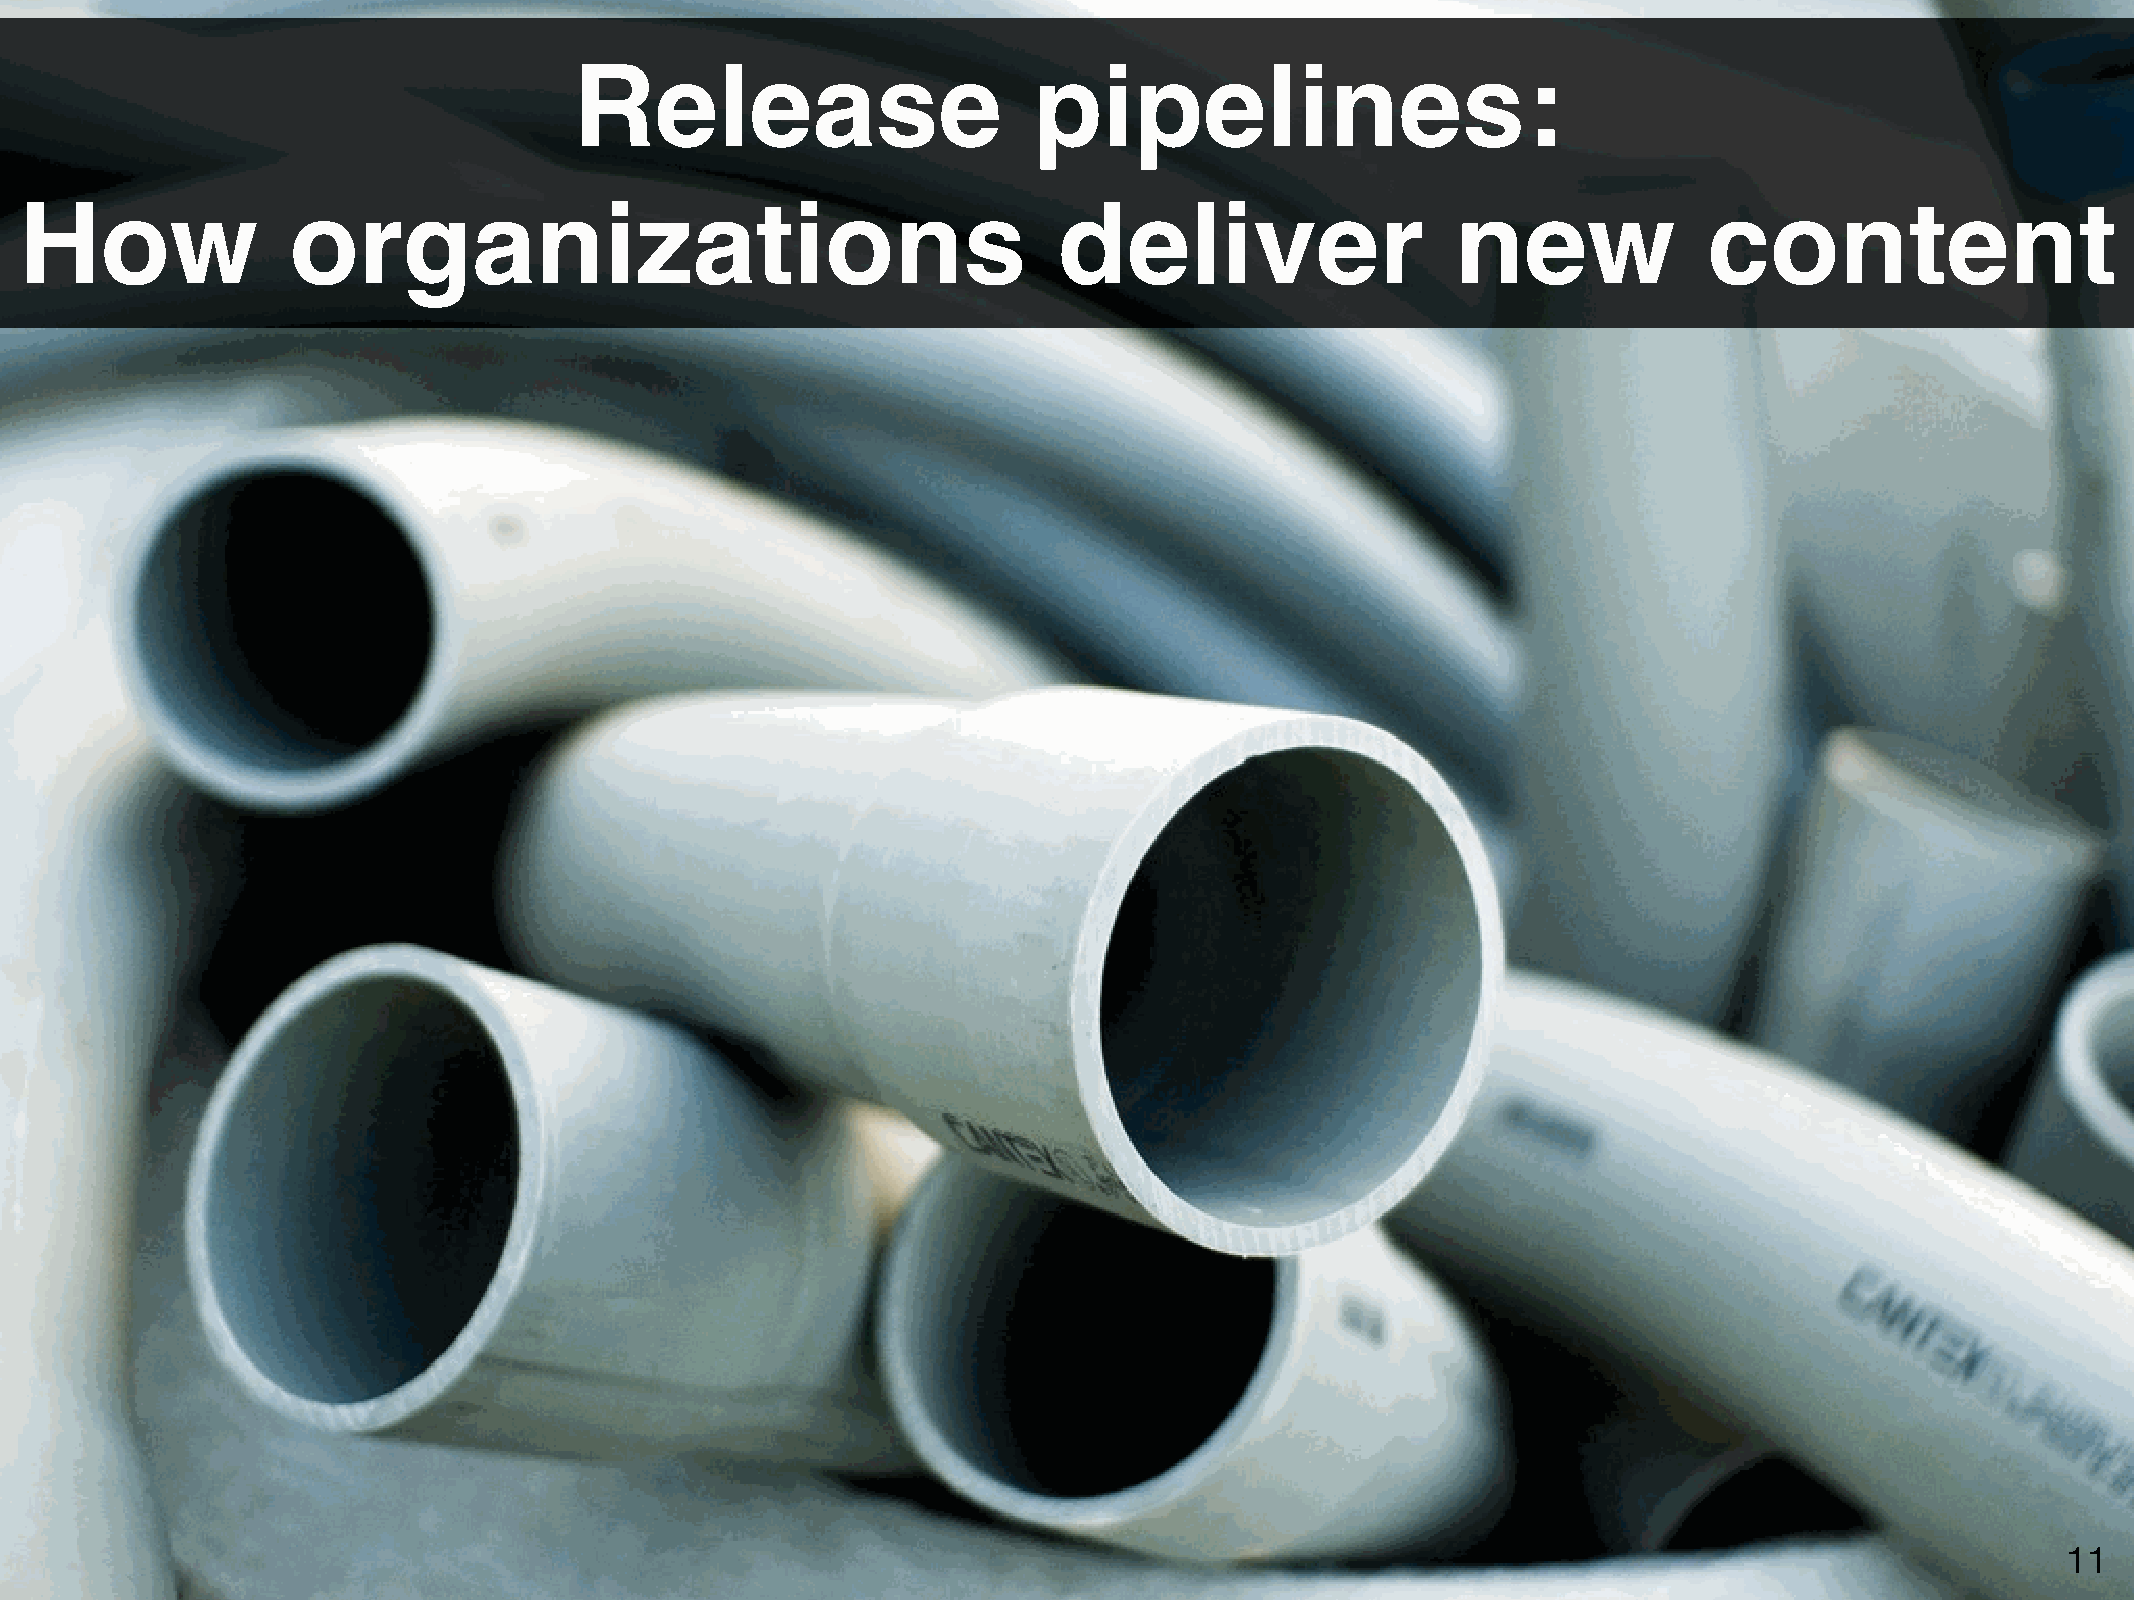
Release                       pipelines:
 How               organizations                                      deliver                   new              content
 11